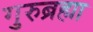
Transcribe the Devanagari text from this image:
गुरुब्रह्मा